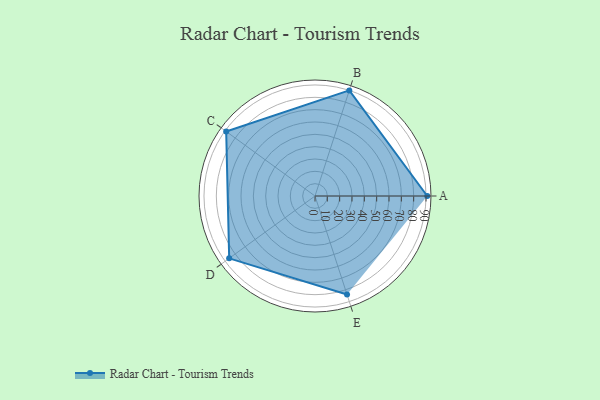
{"axis": {"x": "Skill", "y": "Score"}, "legend": ["Profile"], "data": [{"x": "A", "y": 91.0, "type": "Profile"}, {"x": "B", "y": 90.0, "type": "Profile"}, {"x": "C", "y": 89.0, "type": "Profile"}, {"x": "D", "y": 86.0, "type": "Profile"}, {"x": "E", "y": 84.0, "type": "Profile"}]}